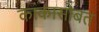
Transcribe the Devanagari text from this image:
काकासोबत